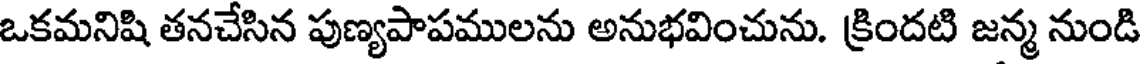
ఒకమనిషి తనచేసిన పుణ్యపాపములను అనుభవించును. క్రిందటి జన్మ నుండి